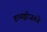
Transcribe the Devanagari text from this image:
हायड्रोजनने